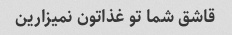
قاشق شما تو غذاتون نمیزارین